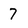
Character: 7